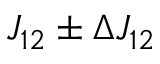
J _ { 1 2 } \pm \Delta J _ { 1 2 }